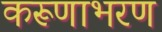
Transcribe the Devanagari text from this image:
करूणाभरण